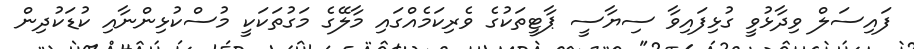
ފައިސަލް ވިދާޅުވީ ގުޅިފައިވާ ސިޔާސީ ޕާޓީތަކުގެ ވެރިކަމެއްގައި މާލޭގެ މަގުތަކަކީ މުސްކުޅިންނާއި ކުޑަކުދިން